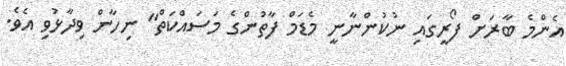
އެންމެ ބާރަށް ފޯރީގައި ނުކުންނާނީ މެޑަމް ފާތުންގެ މަސައްކަތް" ނިހާން ވިދާޅުވި އެވެ.